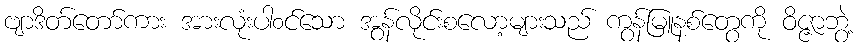
ဗျာဒိတ်တော်ကား အားလုံးပါ၀င်သော အွန်လိုင်းစလော့များသည် ကွန်မြူနစ်တွေကို ဝိဇ္ဇာဘွဲ့